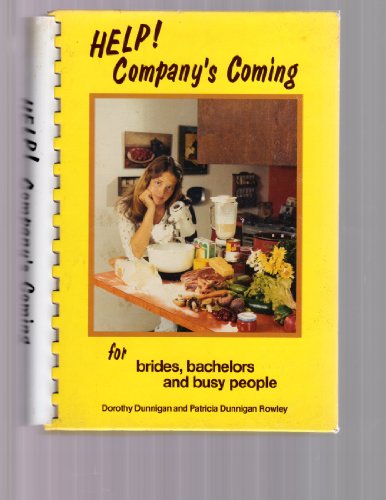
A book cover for Help! Company's Coming (For brides,bachelors and busy people); Dorothy Dunnigan; Crafts, Hobbies & Home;